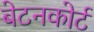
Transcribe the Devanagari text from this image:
बेटनकोर्ट